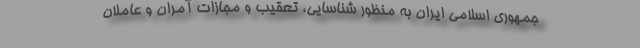
جمهوری اسلامی ایران به منظور شناسایی، تعقیب و مجازات آمران و عاملان